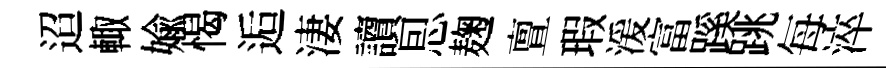
迢輙媮愒逅淒讀㤙麹亶瑕湲富蹊跳每淬